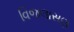
વિજલાસણ